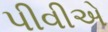
પીવીએ